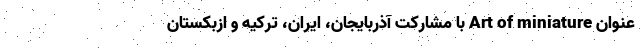
عنوان Art of miniature با مشارکت آذربایجان، ایران، ترکیه و ازبکستان